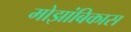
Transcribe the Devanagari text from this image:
मोझांबिकास